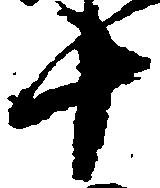
十